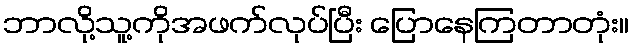
ဘာလို့သူ့ကိုအဖက်လုပ်ပြီး ပြောနေကြတာတုံး။